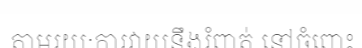
តាមរយៈការវាយនឹងរំពាត់ នៅចំពោះ